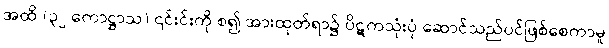
အထိ (၃၂ ကောဋ္ဌာသ) ၎င်းင်းကို စ၍ အားထုတ်ရာ၌ ပိဋကသုံးပုံ ဆောင်သည်ပင်ဖြစ်စေကာမူ